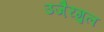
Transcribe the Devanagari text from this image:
उजै़रगुल